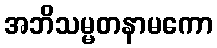
အဘိသမ္မတနာမကော